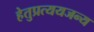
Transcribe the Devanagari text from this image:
हेतुप्रत्ययजन्य